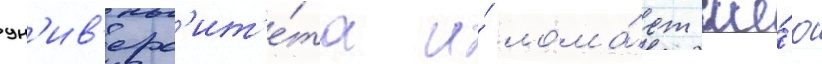
ун'ив'ерс'ит'е́та и́ лома́ет ше́ю